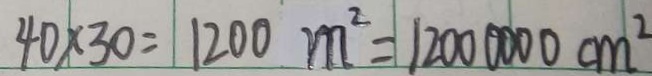
4 0 \times 3 0 = 1 2 0 0 m ^ { 2 } = 1 2 0 0 0 0 0 0 c m ^ { 2 }